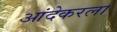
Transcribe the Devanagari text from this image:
आंदेकरला